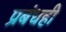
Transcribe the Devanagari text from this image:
प्रबंधही